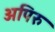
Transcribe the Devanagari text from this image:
अपिरु